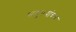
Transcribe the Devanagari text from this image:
सत्पुरूषांच्या